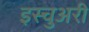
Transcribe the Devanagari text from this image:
इस्चुअरी